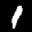
Label: 1